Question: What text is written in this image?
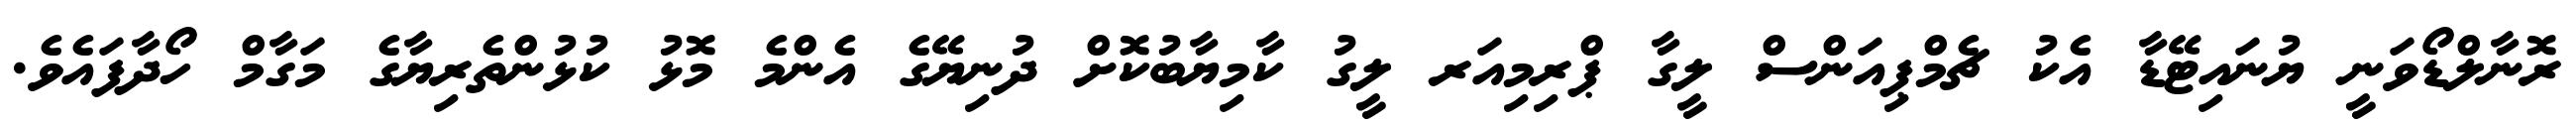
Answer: ރޮނާލްޑޯވަނީ ޔުނައިޓޭޑާ އެކު ޗެމްޕިއަންސް ލީގާ ޕްރިމިއަރ ލީގު ކާމިޔާބުކޮށް ދުނިޔޭގެ އެންމެ މޮޅު ކުޅުންތެރިޔާގެ މަގާމް ހޯދާފައެވެ.